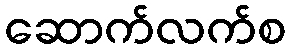
ဆောက်လက်စ